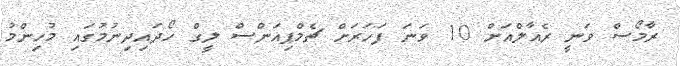
ރާމޯސް ވަނީ ރެއާލްއަށް 10 ވަނަ ފަހަރަށް ޗެމްޕިއަންސް ލީގް ހޯދައިދިނުމުގައި މުހިންމު